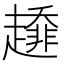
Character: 𧾁